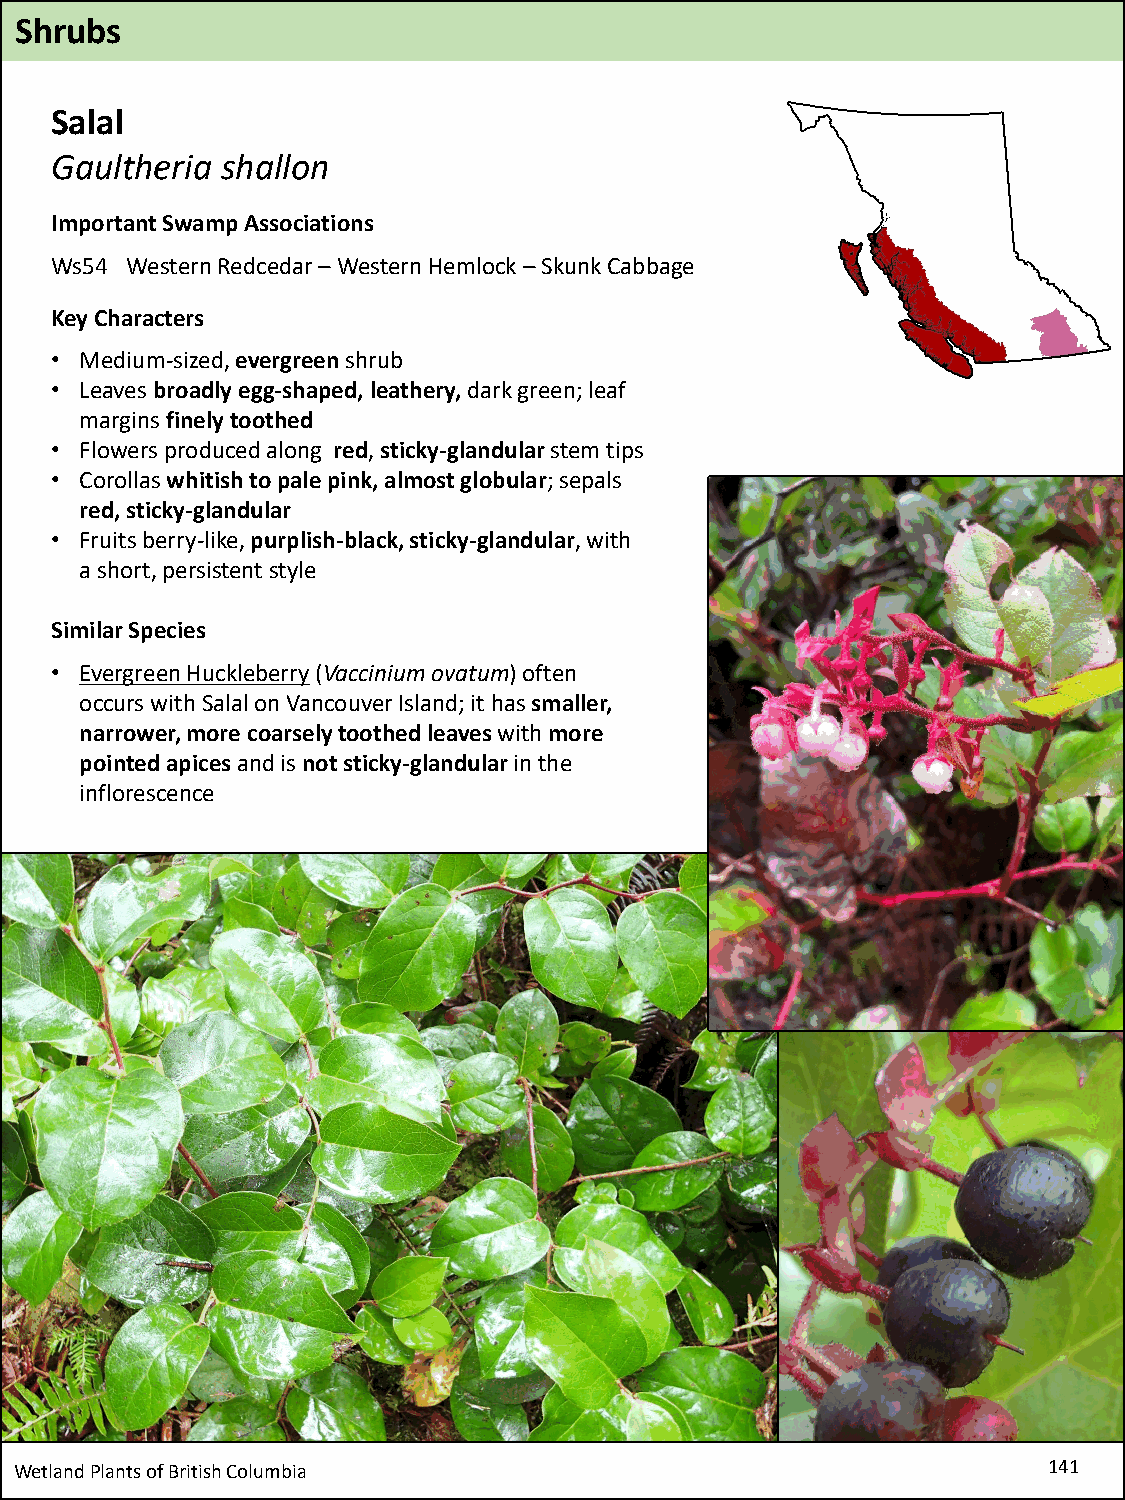
Shrubs
 Salal
 Gaultheria  shallon
 Important Swamp Associations
 Ws54 Western Redcedar–Western Hemlock –Skunk Cabbage
 Key Characters
 • Medium-sized, evergreenshrub
 • Leaves broadly egg-shaped, leathery, dark green; leaf
 margins finely toothed
 • Flowers produced along red, sticky-glandular stem tips
 • Corollas whitish to pale pink, almost globular; sepals
 red, sticky-glandular
 • Fruits berry-like, purplish-black, sticky-glandular, with
 a short, persistent style
 Similar Species
 • Evergreen Huckleberry(Vacciniumovatum) often
 occurs with Salalon Vancouver Island; it has smaller,
 narrower, more coarsely toothed leaves with more
 pointed apicesand is not sticky-glandular in the
 inflorescence
 Wetland Plants of British Columbia                                  141